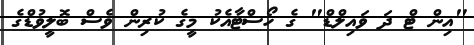
"އިން ޓް ދަ ވައިލްޑް" ގެ ހޯސްޓާއެކު މީގެ ކުރިން ވެސް ބޮޮލީވުޑްގެ